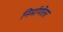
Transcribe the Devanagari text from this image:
निर्माणेतर